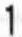
1